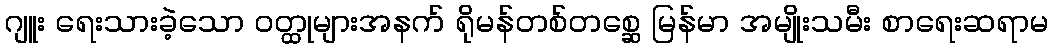
ဂျူး ရေးသားခဲ့သော ဝတ္ထုများအနက် ရိုမန်တစ်တစ္ဆေ မြန်မာ အမျိုးသမီး စာရေးဆရာမ